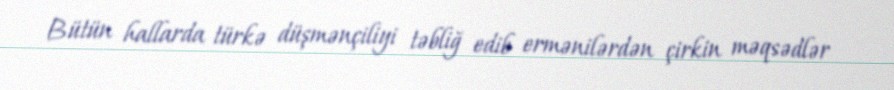
Bütün hallarda türkə düşmənçiliyi təbliğ edib ermənilərdən çirkin məqsədlər